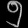
Digit: ၅